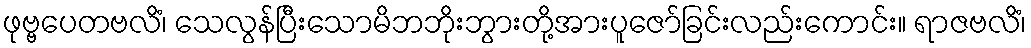
ဖုဗ္ဗပေတဗလိံ၊ သေလွန်ပြီးသောမိဘဘိုးဘွားတို့အားပူဇော်ခြင်းလည်းကောင်း။ ရာဇဗလိံ၊